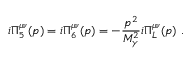
i \Pi _ { 5 } ^ { \mu \nu } ( p ) = i \Pi _ { 6 } ^ { \mu \nu } ( p ) = - \frac { p ^ { 2 } } { M _ { \gamma } ^ { 2 } } i \Pi _ { L } ^ { \mu \nu } ( p ) \ .